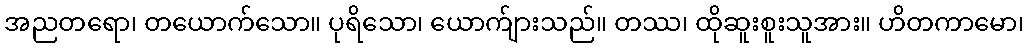
အညတရော၊ တယောက်သော။ ပုရိသော၊ ယောက်ျားသည်။ တဿ၊ ထိုဆူးစူးသူအား။ ဟိတကာမော၊